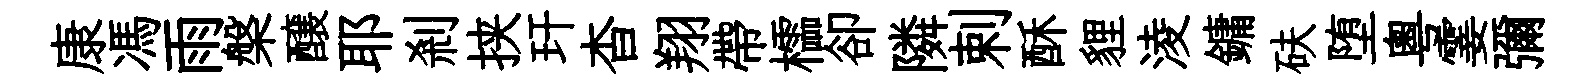
康馮雨槃醸耶剎挟玕杳翔帶櫺卻隣剌酥貍淩鏞砆堕粵霎彌